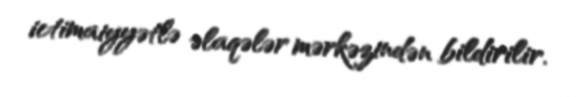
ictimaiyyətlə əlaqələr mərkəzindən bildirilir.